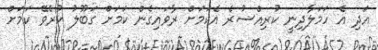
އަދި އެ ހަމަލާދިނީ ކުރިއްސުރެ އެކަމަށް ރާވައިގެން ކަމަށް ގަބޫލު ކުރެވޭ ކަމަށް